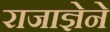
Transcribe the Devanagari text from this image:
राजाज्ञेने